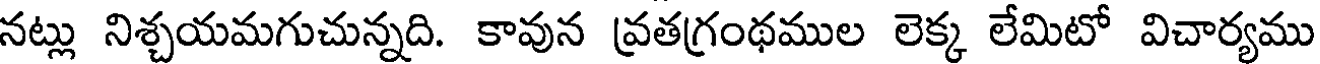
నట్లు నిశ్చయమగుచున్నది. కావున వ్రతగ్రంథముల లెక్క లేమిటో విచార్యము